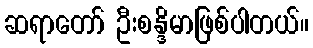
ဆရာတော် ဦးစန္ဒိမာဖြစ်ပါတယ်။